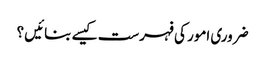
ضروری امور کی فہرست کیسے بنائیں ؟